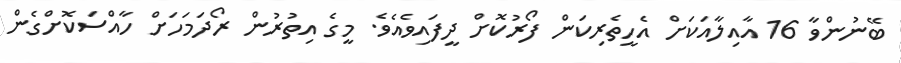
ބޭނުންވާ 16 އާއިލާއަކަށް އެހީތެރިކަން ފޯރުކޮށް ދީފައިވެއެވެ. މީގެ އިތުރުން ރޯދަމަހަށް ހާއްސަކޮށްގެން